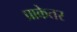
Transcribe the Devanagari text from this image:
प्राकेतर